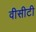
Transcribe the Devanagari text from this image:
वीसीटी